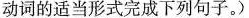
动词的适当形式完成下列句子.)